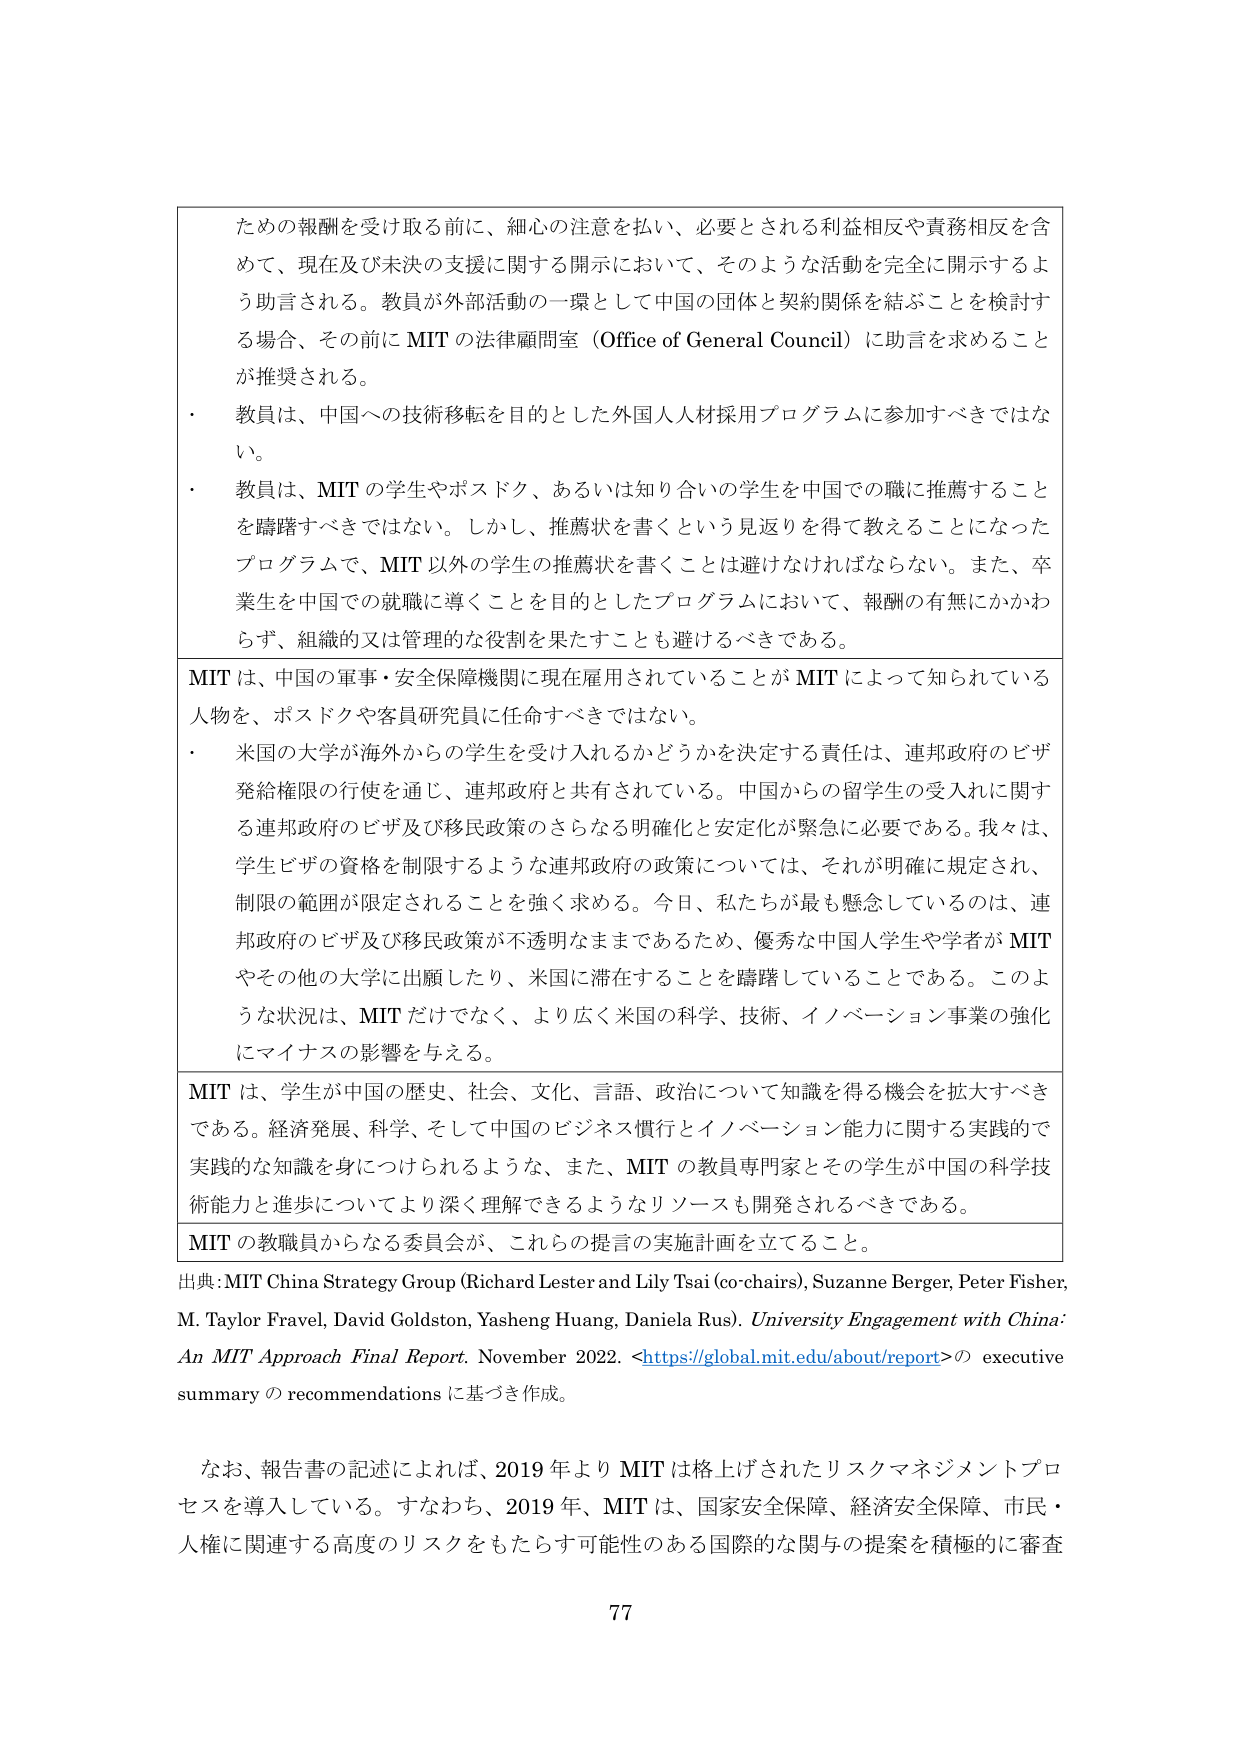
ための報酬を受け取る前に、細心の注意を払い、必要とされる利益相反や責務相反を含めて、現在及び未決の支援に関する開示において、そのような活動を完全に開示するよう助言される。教員が外部活動の一環として中国の団体と契約関係を結ぶことを検討する場合、その前に MIT の法律顧問室（Office of General Council）に助言を求めることが推奨される。

・ 教員は、中国への技術移転を目的とした外国人人材採用プログラムに参加すべきではない。

・ 教員は、MIT の学生やポスドク、あるいは知り合いの学生を中国での職に推薦することを躊躇すべきではない。しかし、推薦状を書くという見返りを得て教えることになったプログラムで、MIT 以外の学生の推薦状を書くことは避けなければならない。また、卒業生を中国での就職に導くことを目的としたプログラムにおいて、報酬の有無にかかわらず、組織的又は管理的な役割を果たすことも避けるべきである。

MIT は、中国の軍事・安全保障機関に現在雇用されていることが MIT によって知られている人物を、ポスドクや客員研究員に任命すべきではない。

・ 米国の大学が海外からの学生を受け入れるかどうかを決定する責任は、連邦政府のビザ発給権限の行使を通じ、連邦政府と共有されている。中国からの留学生の受入れに関する連邦政府のビザ及び移民政策のさらなる明確化と安定化が緊急に必要である。我々は、学生ビザの資格を制限するような連邦政府の政策については、それが明確に規定され、制限の範囲が限定されることを強く求める。今日、私たちが最も懸念しているのは、連邦政府のビザ及び移民政策が不透明なままであるため、優秀な中国人学生や学者が MIT やその他の大学に出願したり、米国に滞在することを躊躇していることである。このような状況は、MIT だけでなく、より広く米国の科学、技術、イノベーション事業の強化にマイナスの影響を与える。

MIT は、学生が中国の歴史、社会、文化、言語、政治について知識を得る機会を拡大すべきである。経済発展、科学、そして中国のビジネス慣行とイノベーション能力に関する実践的で実践的な知識を身につけられるような、また、MIT の教員専門家とその学生が中国の科学技術能力と進歩についてより深く理解できるようなリソースも開発されるべきである。

MIT の教職員からなる委員会が、これらの提言の実施計画を立てること。

出典: MIT China Strategy Group (Richard Lester and Lily Tsai (co-chairs), Suzanne Berger, Peter Fisher, M. Taylor Fravel, David Goldston, Yasheng Huang, Daniela Rus). University Engagement with China: An MIT Approach Final Report. November 2022. <https://global.mit.edu/about/report> の executive summary の recommendations に基づき作成。

なお、報告書の記述によれば、2019 年より MIT は格上げされたリスクマネジメントプロセスを導入している。すなわち、2019 年、MIT は、国家安全保障、経済安全保障、市民・人権に関連する高度のリスクをもたらす可能性のある国際的な関与の提案を積極的に審査

77